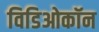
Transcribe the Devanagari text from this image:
विडिओकॉन